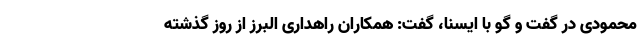
محمودی در گفت و گو با ایسنا، گفت: همکاران راهداری البرز از روز گذشته